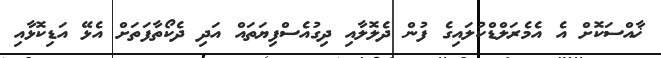
ޚާއްސަކޮށް އެ އެމެރަލްޑްކުލައިގެ ފުން ދެލޮލާއި ދިގުއެސްފިޔަތައް އަދި ދެކޯތާފަތަށް އެޅޭ އަޑިކޮޅާއި